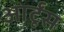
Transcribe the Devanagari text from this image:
आर्टूंस